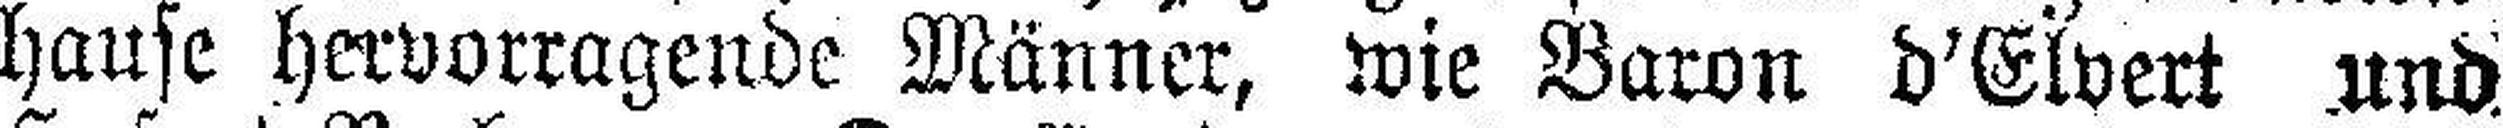
hause hervorragende Männer, wie Baron d’Elvert und